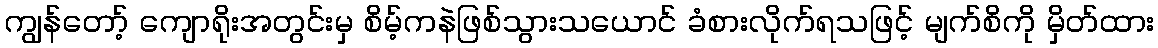
ကျွန်တော့် ကျောရိုးအတွင်းမှ စိမ့်ကနဲဖြစ်သွားသယောင် ခံစားလိုက်ရသဖြင့် မျက်စိကို မှိတ်ထား